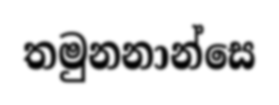
තමුනනාන්සෙ